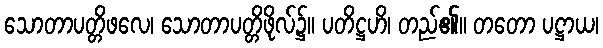
သောတာပတ္တိဖလေ၊ သောတာပတ္တိဖိုလ်၌။ ပတိဋ္ဌဟိ၊ တည်၏။ တတော ပဋ္ဌာယ၊